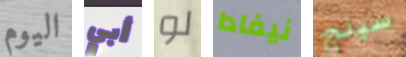
اليوم أبي لو نيفادا سينج